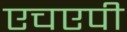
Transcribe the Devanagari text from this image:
एचएपी